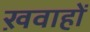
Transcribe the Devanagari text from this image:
ख़वाहों